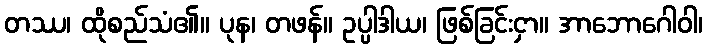
တဿ၊ ထိုစည်သံ၏။ ပုန၊ တဖန်။ ဥပ္ပါဒါယ၊ ဖြစ်ခြင်းငှာ။ အာဘောဂေါဝါ၊